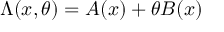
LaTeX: \Lambda ( x , \theta ) = A ( x ) + \theta B ( x )